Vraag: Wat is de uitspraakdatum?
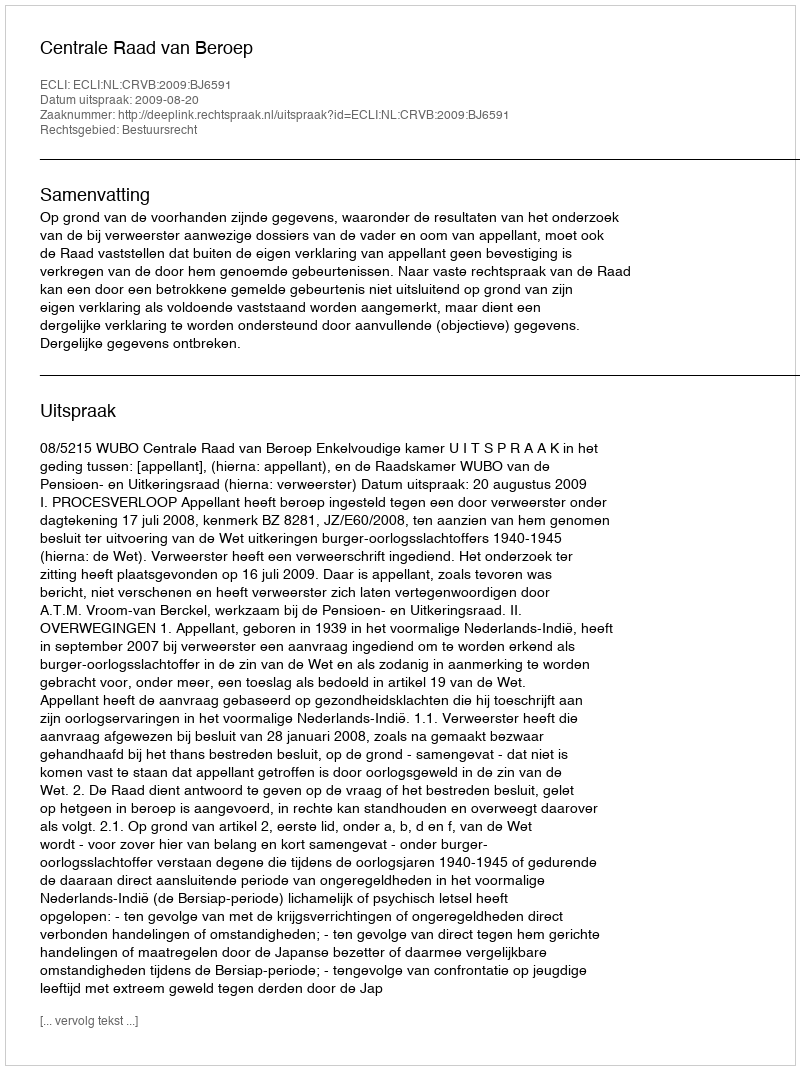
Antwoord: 2009-08-20